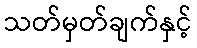
သတ်မှတ်ချက်နှင့်